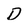
Character: D